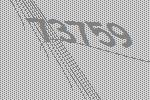
73759